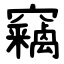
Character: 竊